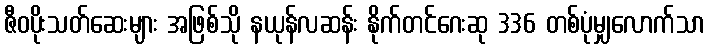
ဇီဝပိုးသတ်ဆေးများ အဖြစ်သို နယုန်လဆန်း နိုက်တင်ဂေးဆု 336 တစ်ပုံမျှလောက်သာ